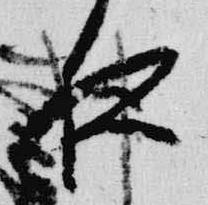
夜